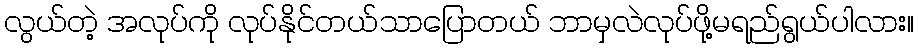
လွယ်တဲ့ အလုပ်ကို လုပ်နိုင်တယ်သာပြောတယ် ဘာမှလဲလုပ်ဖို့မရည်ရွယ်ပါလား။